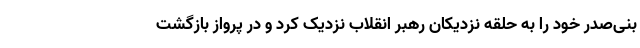
بنی‌صدر خود را به حلقه نزدیکان رهبر انقلاب نزدیک کرد و در پرواز بازگشت